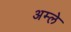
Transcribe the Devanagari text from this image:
अम्‍ले